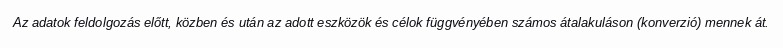
Az adatok feldolgozás előtt, közben és után az adott eszközök és célok függvényében számos átalakuláson (konverzió) mennek át.